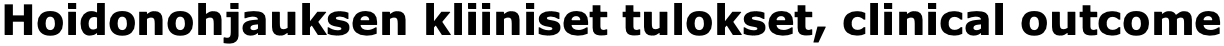
Hoidonohjauksen kliiniset tulokset, clinical outcome